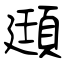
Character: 頲